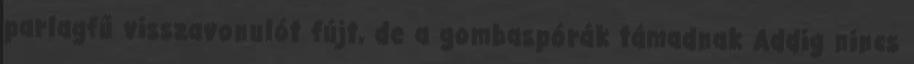
parlagfű visszavonulót fújt, de a gombaspórák támadnak Addig nincs